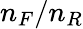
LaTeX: n_{F}/n_{R}